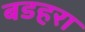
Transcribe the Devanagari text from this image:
बडहरा